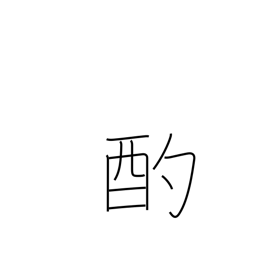
Meaning: scoop